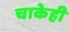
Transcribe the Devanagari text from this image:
चाकेही